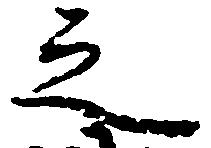
之